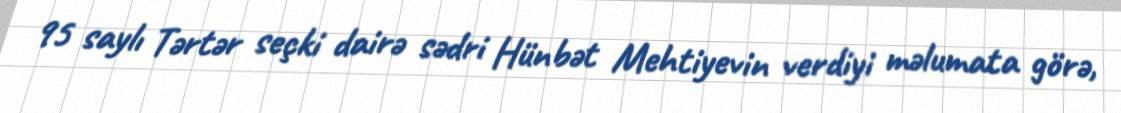
95 saylı Tərtər seçki dairə sədri Hünbət Mehtiyevin verdiyi məlumata görə,